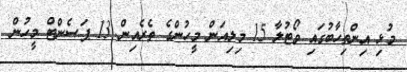
މުޅި އިންތިހާބުގައި ވޯޓުލާ 15 މިލިއަން މީހުންގެ ތެރެއިން 13 ޕަސެންޓް މީހުން